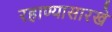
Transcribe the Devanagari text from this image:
रहाण्यासारखे